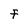
Character: F